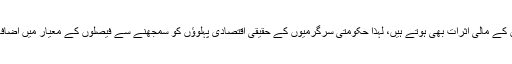
سرکاری فیصلوں کے مالی اثرات بھی ہوتے ہیں، لہٰذا حکومتی سرگرمیوں کے حقیقی اقتصادی پہلوؤں کو سمجھنے سے فیصلوں کے معیار میں اضافہ کیا جا سکتاہے۔